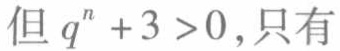
但 \(q^{n}+3 > 0\) ,只有